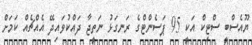
ޔޫއެސްބީ ސްޓިކް އަކީ 95 ޕަސެންޓްގެ ރަނގަަޅު ނަތީޖާ ދައްކުވައިދޭ އެއްޗެއް ކަމަށް